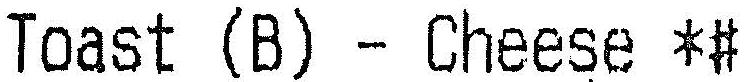
TOAST (B) - CHEESE *#